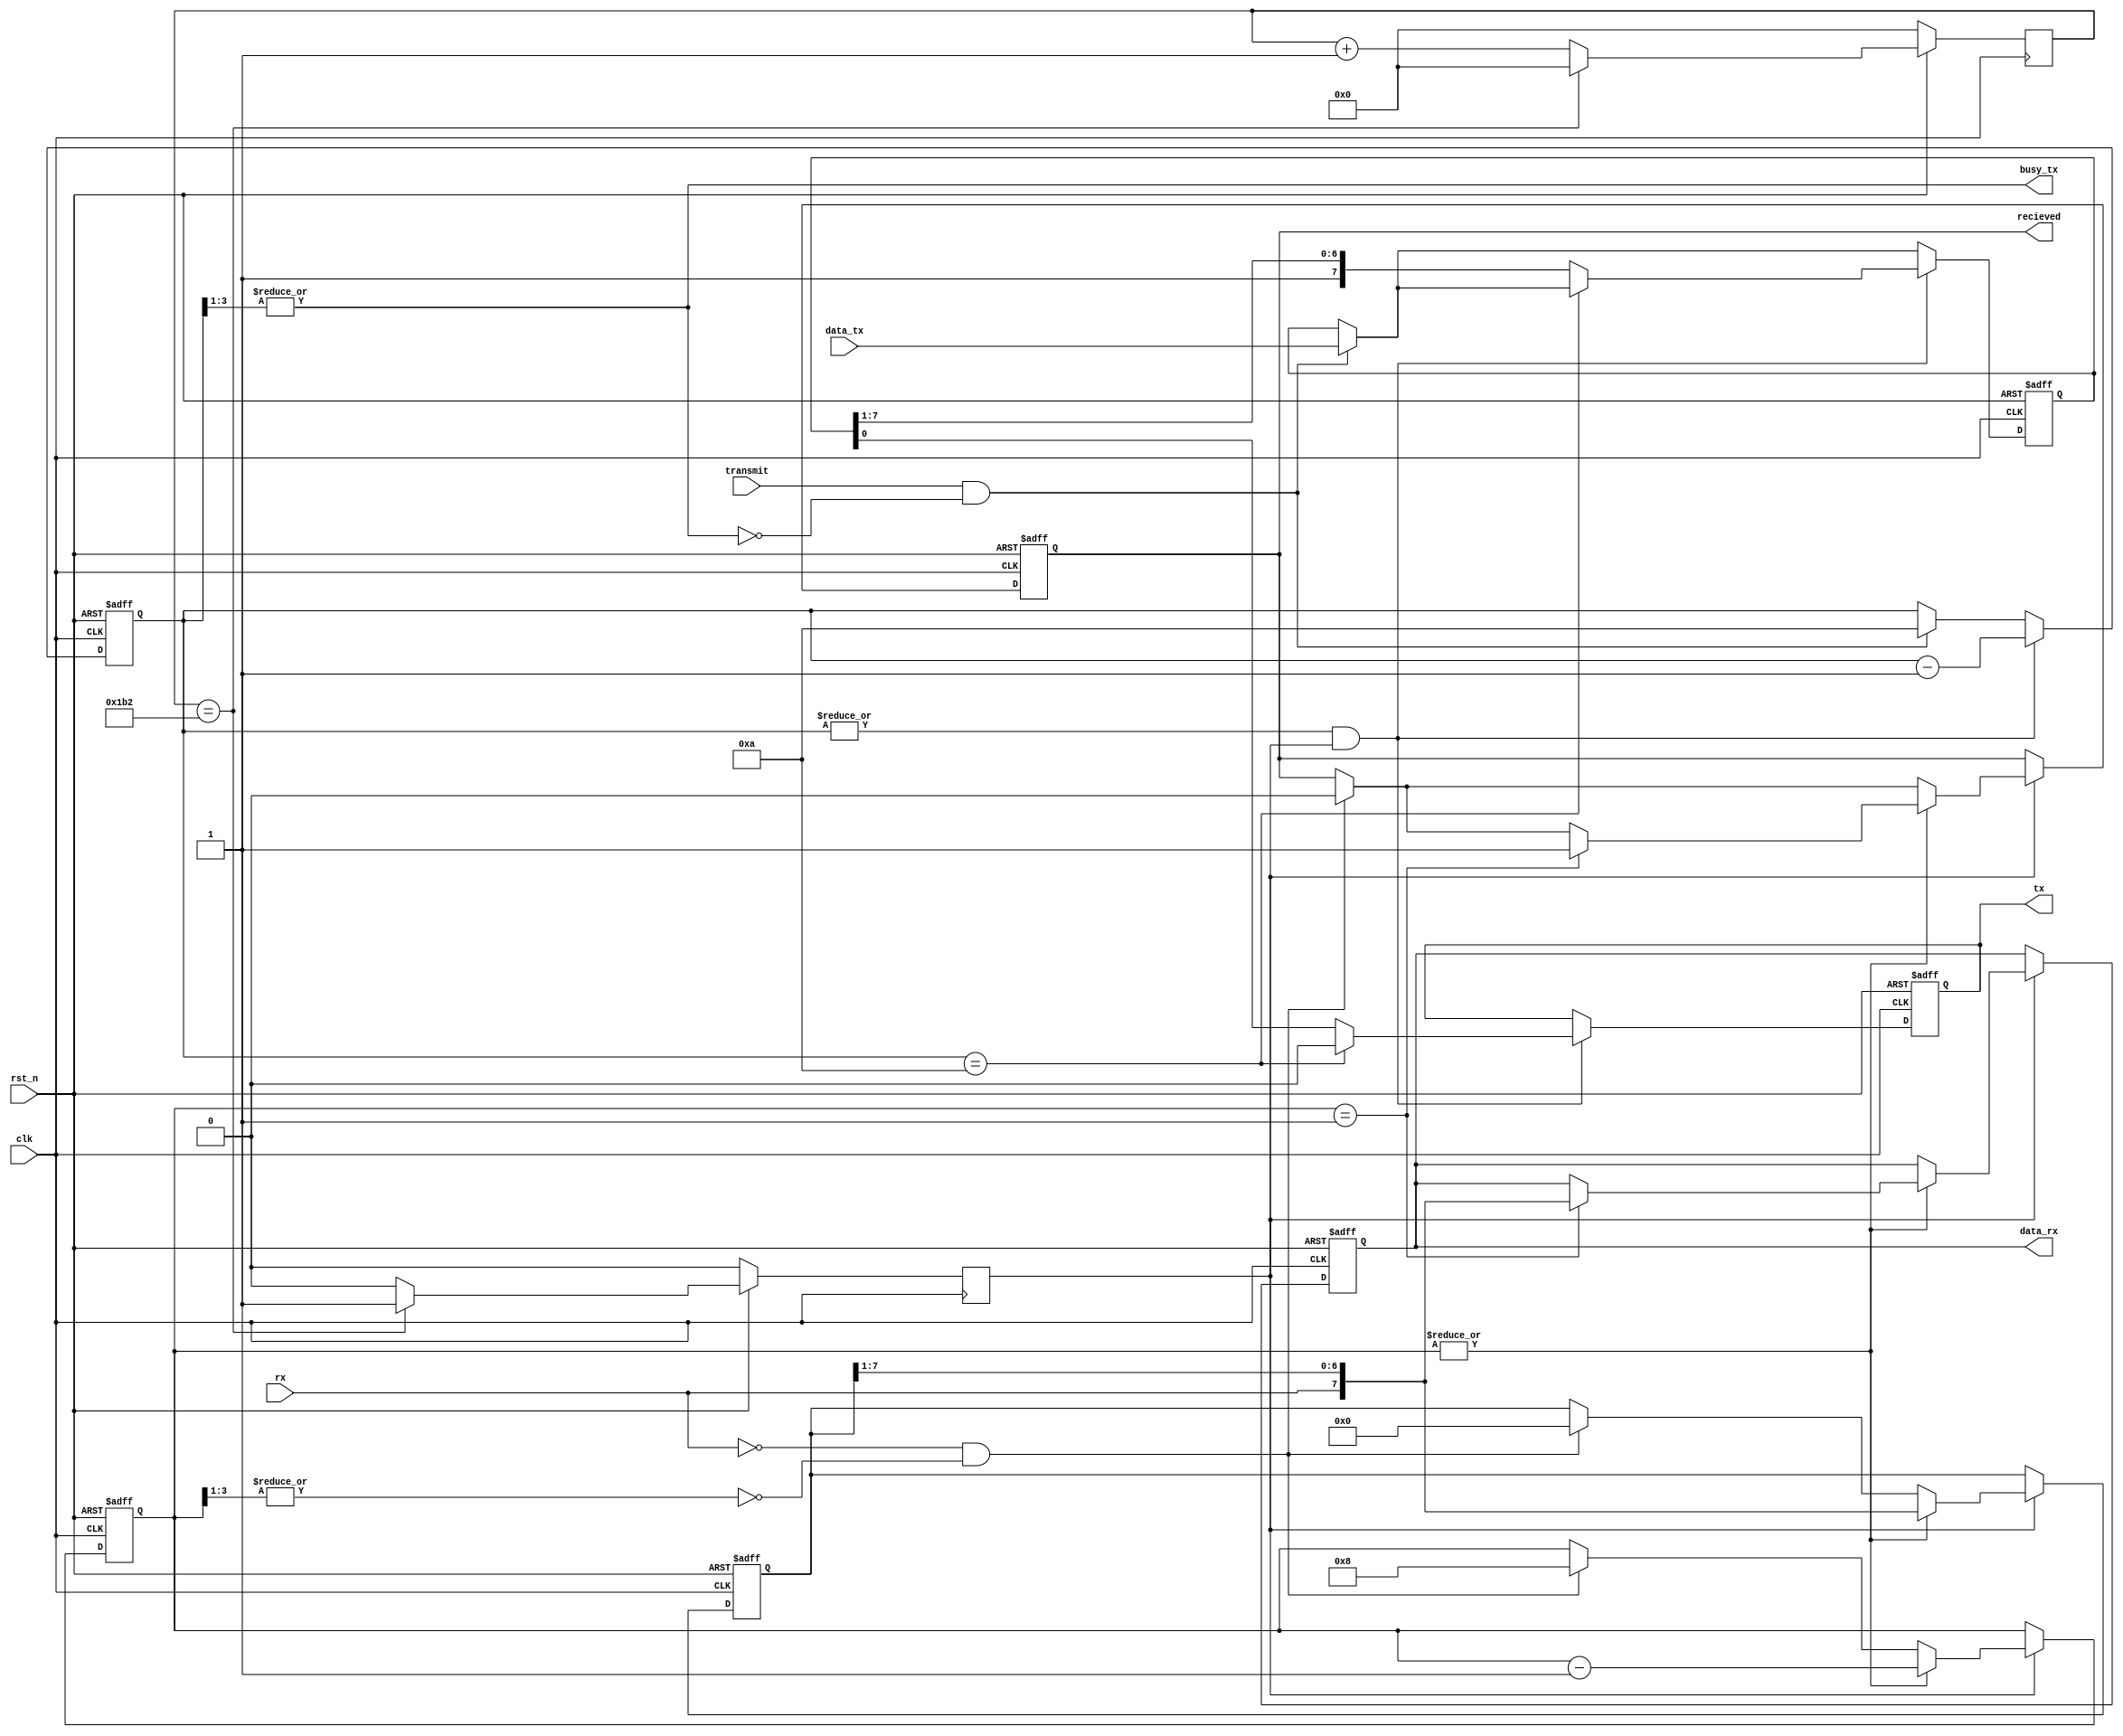
module uart(
   input          clk,
   input          rst_n,
   input          transmit,   // Raise to trasmit
   input    [7:0] data_tx,    // Transmit this
   input          rx,
   output         busy_tx,
   output         recieved,   // Raised when byte recieved, zero when getting
   output   [7:0] data_rx,    // This is recieved
   output         tx
);

   // Outputs
   reg         recieved;
   reg         tx;
   reg [7:0]   data_rx;  
   

   // Internal Regs
   reg [3:0]   bitcount_tx;        
   reg [3:0]   bitcount_rx;
   reg [7:0]   shifter_tx;
   reg [7:0]   shifter_rx;
   
   reg [8:0]  count;
   reg ser_clk;
 
   // Info from regs
   wire busy_tx      = |bitcount_tx[3:1];
   wire sending      = |bitcount_tx;
   wire busy_rx      = |bitcount_rx[3:1];
   wire recieving    = |bitcount_rx;
     
   // Serial clock generation - 115200 baud = 50MHz/434
   always @(posedge clk) begin
      if(!rst_n) begin
         ser_clk  <= 0;
         count    <= 0;
      end else begin
         count    <= count + 1;
         ser_clk  <= 0;
         if(count == 9'd434) begin
            count    <= 0;
            ser_clk  <= 1;
         end
      end
   end


   //UART RX 
   always @ (posedge clk or negedge rst_n) begin
      if(!rst_n) begin
         shifter_rx     <= 0;
         data_rx        <= 0;      
         bitcount_rx    <= 0;
         recieved       <= 0;
      end else begin
         if(ser_clk) begin
            if(!rx & ~busy_rx) begin
               shifter_rx     <= 0;       // for debugging only
               bitcount_rx    <= 8;       // Bits coming in
               recieved       <= 0;       // Busy
            end
            if(recieving) begin
               shifter_rx     <= {rx,shifter_rx[7:1]};   // Shift in bits
               bitcount_rx    <= bitcount_rx - 1;
               if(bitcount_rx == 1) begin
                  data_rx     <= {rx,shifter_rx[7:1]};   // Done
                  recieved    <= 1;
               end
            end
         end
      end
   end
  

   // UART TX
   always @(posedge clk or negedge rst_n) begin
      if (!rst_n) begin
         tx          <= 1; // Line high when nothing
         bitcount_tx <= 0;
         shifter_tx  <= 0;
      end else begin  
         if (transmit & ~busy_tx) begin   // New byte
            shifter_tx  <= data_tx[7:0];
            bitcount_tx <= 10; 
         end  
         
         if (sending & ser_clk) begin     // shift out bits
            if(bitcount_tx == 10) begin
               tx <= 0;
            end else begin
               { shifter_tx, tx } <= { 1'h1, shifter_tx };
            end 
            bitcount_tx <= bitcount_tx - 1;
         end        
      end
   end
endmodule